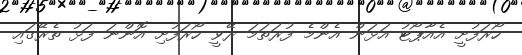
ހޯރަފުށީ އެއާޕޯޓު އަޅަން އެންމެ ފުރަތަމަ ރޭވީ ހޯރަފުށި އޮންނަ ފަޅު ތެރޭގައި